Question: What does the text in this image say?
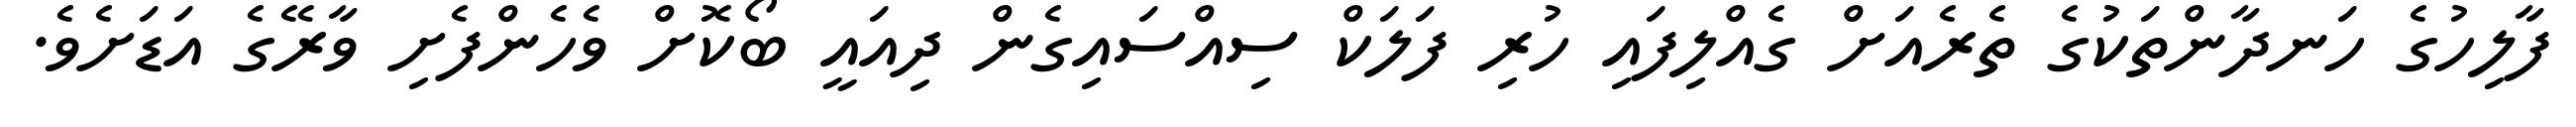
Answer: ފާލިހުގެ ހަނދާންތަކުގެ ތެރެއަށް ގެއްލިފައި ހުރި ފަލަކް ސިއްސައިގެން ދިއައީ ބޯކޮށް ވެހެންފެށި ވާރޭގެ އަޑަށެވެ.